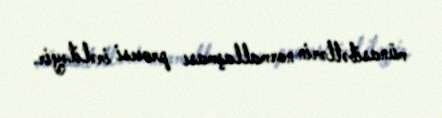
münasibətlərin normallaşması prosesi irəliləyir.